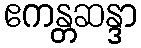
ဧကန္တဆန္ဒာ